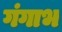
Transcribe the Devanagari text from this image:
गंगाभ